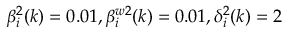
\beta _ { i } ^ { 2 } ( k ) = 0 . 0 1 , \beta _ { i } ^ { w 2 } ( k ) = 0 . 0 1 , \delta _ { i } ^ { 2 } ( k ) = 2